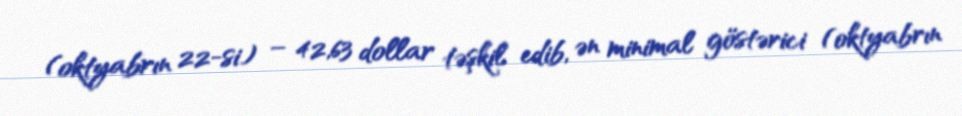
(oktyabrın 22-si) – 42,63 dollar təşkil edib, ən minimal göstərici (oktyabrın